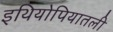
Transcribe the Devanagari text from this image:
इथियोपियातली